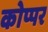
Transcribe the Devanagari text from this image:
कोप्पर